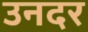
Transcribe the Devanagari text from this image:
उनदर